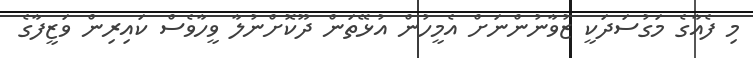
މި ފެއާގެ މަގުސަދަކީ ޒުވާނުންނަށް އެމީހުން އުޅޭތަން ދޫކޮށްނުލާ ވީހާވެސް ކައިރިން ވަޒީފާގެ